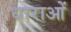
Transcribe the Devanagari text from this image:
धाराआें